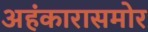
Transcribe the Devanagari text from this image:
अहंकारासमोर